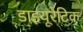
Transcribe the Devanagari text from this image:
डाइयूरेटिक